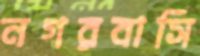
নগরবাসি